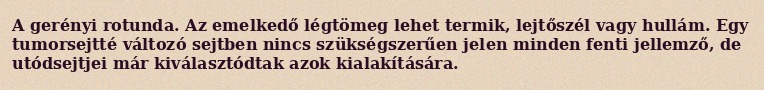
A gerényi rotunda. Az emelkedő légtömeg lehet termik, lejtőszél vagy hullám. Egy tumorsejtté változó sejtben nincs szükségszerűen jelen minden fenti jellemző, de utódsejtjei már kiválasztódtak azok kialakítására.